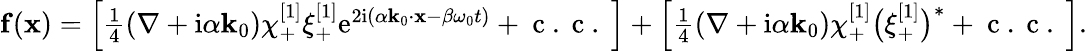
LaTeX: \begin{array}{r}{\mathbf{f}(\mathbf{x})=\left[\frac{1}{4}(\nabla+\mathrm{i}\alpha\mathbf{k}_{0})\chi_{+}^{[1]}{\xi}_{+}^{[1]}\mathrm{e}^{2\mathrm{i}(\alpha\mathbf{k}_{0}\cdot\mathbf{x}-\beta\omega_{0}t)}+\mathrm{~c~.~c~.~}\right]+\left[\frac{1}{4}(\nabla+\mathrm{i}\alpha\mathbf{k}_{0})\chi_{+}^{[1]}\big(\xi_{+}^{[1]}\big)^{*}+\mathrm{~c~.~c~.~}\right].}\end{array}